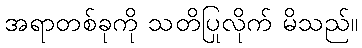
အရာတစ်ခုကို သတိပြုလိုက် မိသည်။